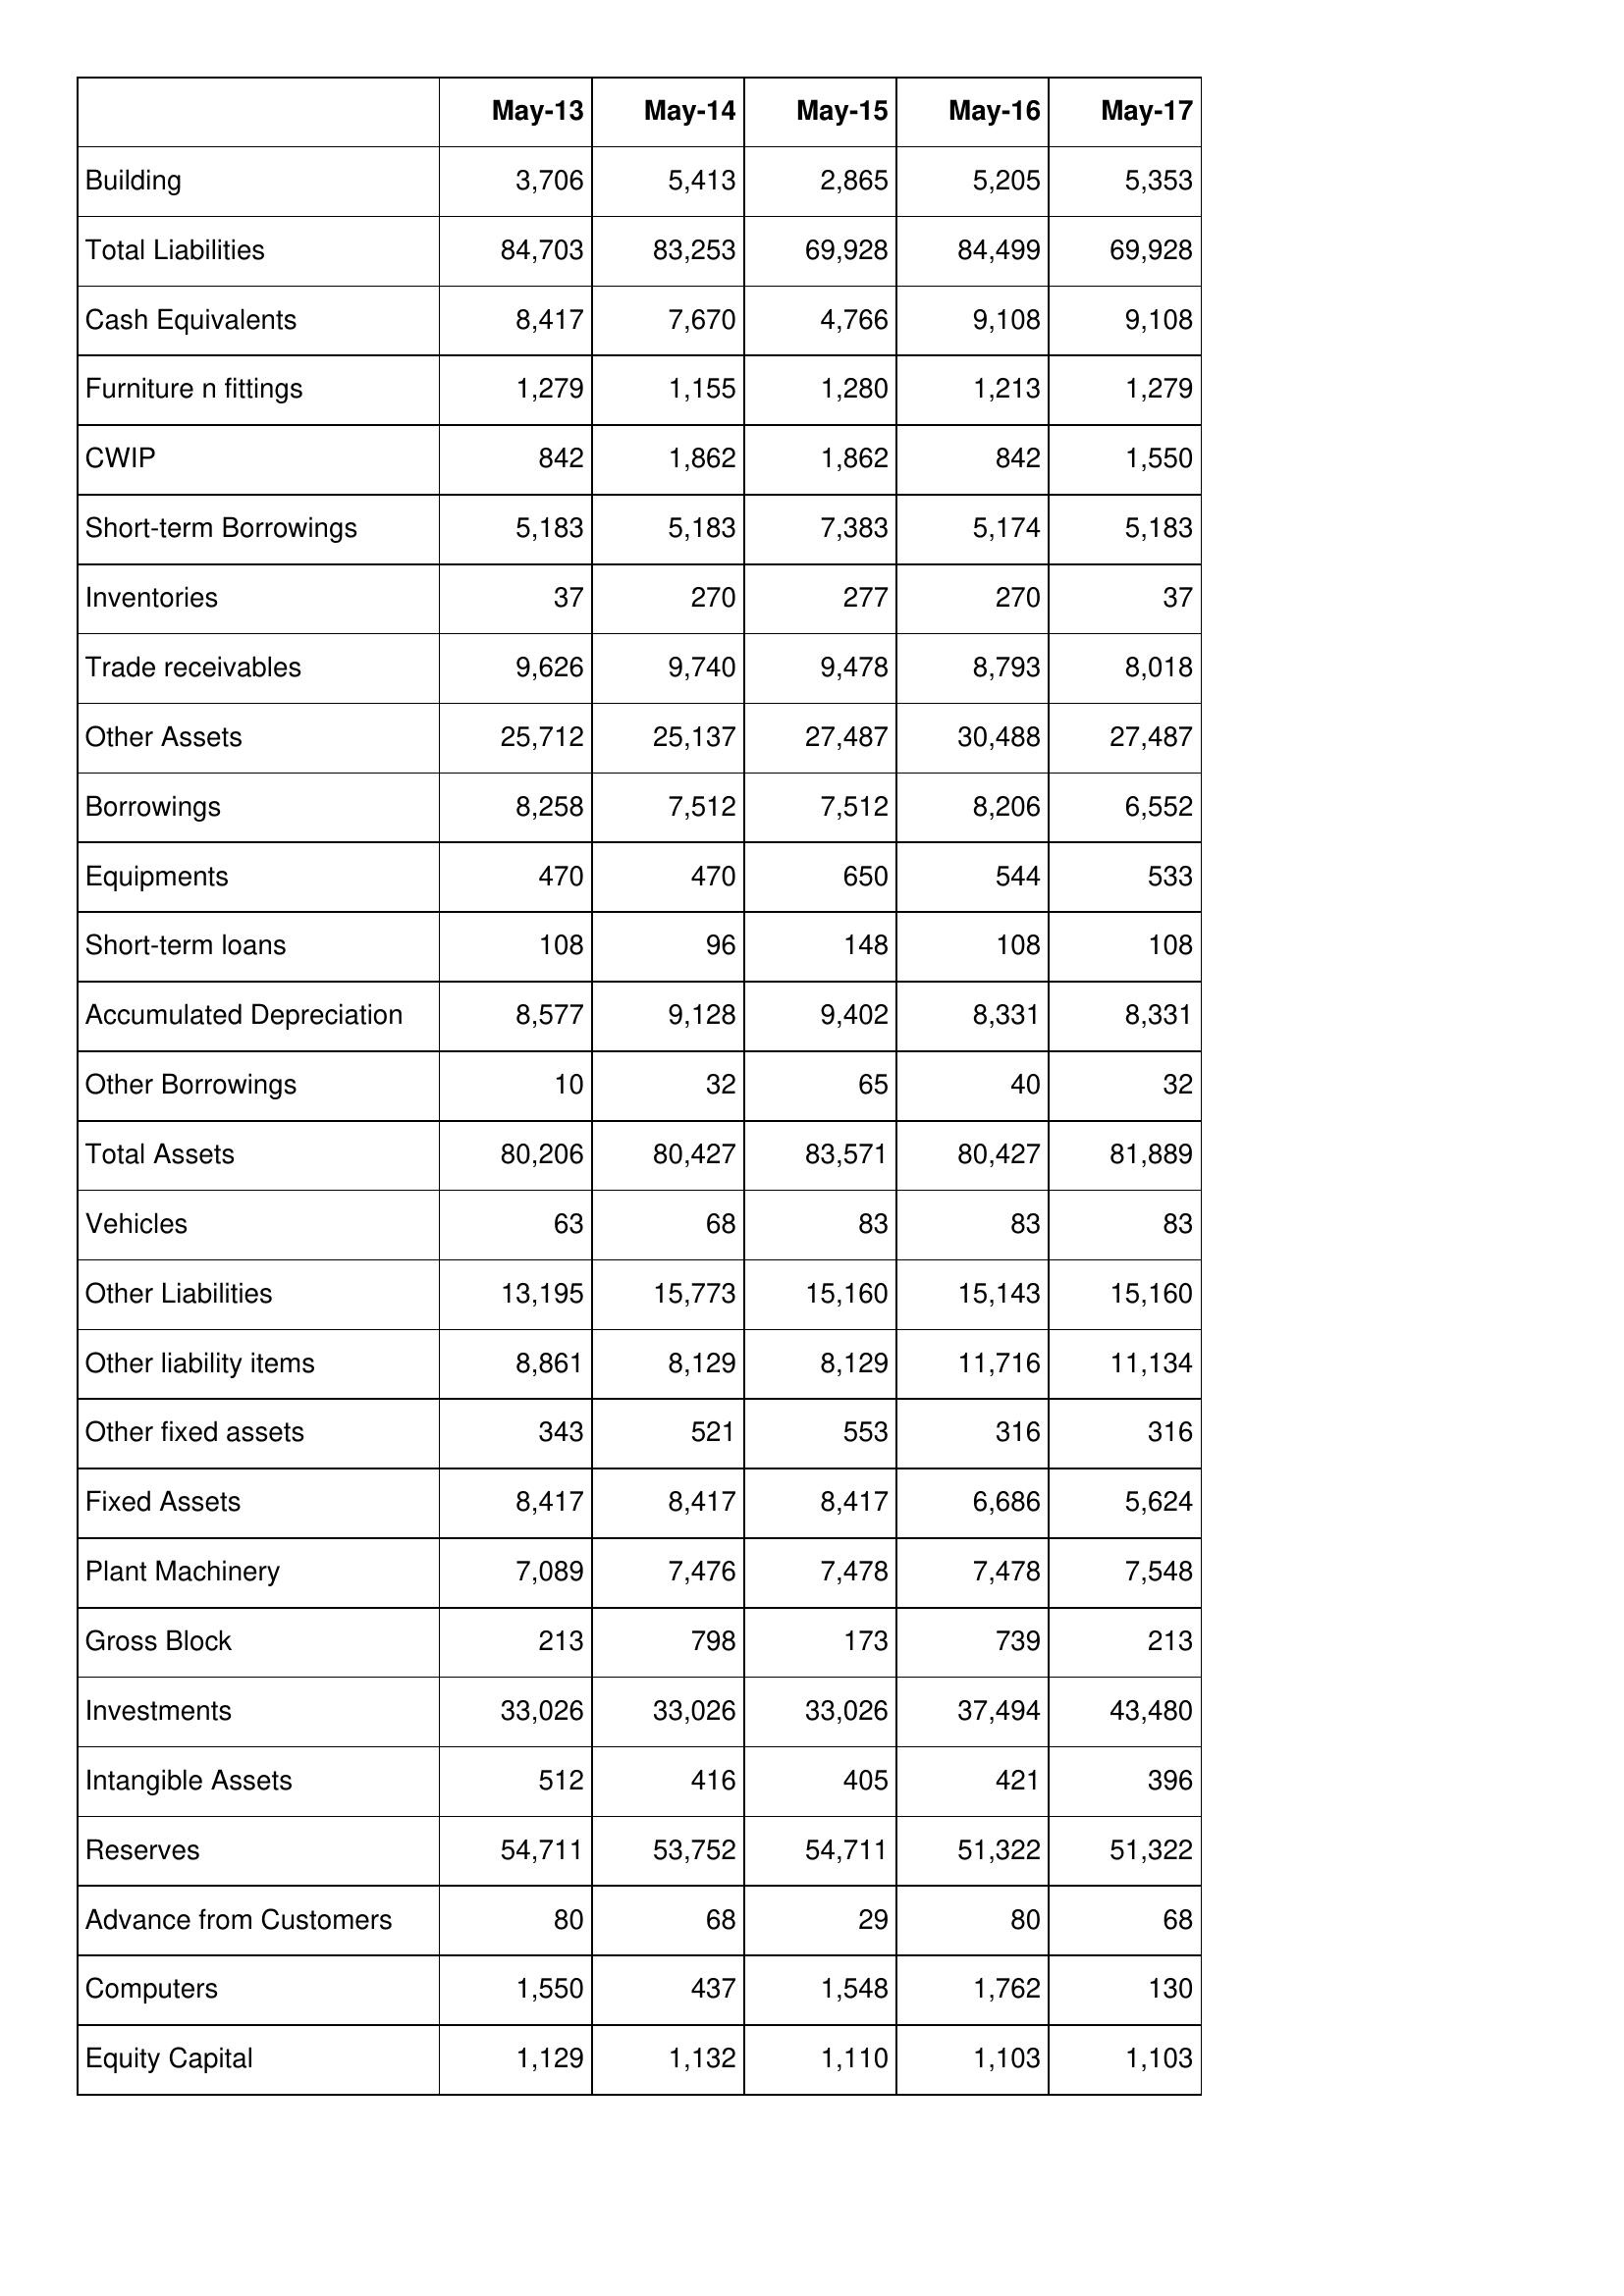
May-13: Balance Sheet: Building: 3,706
Total Liabilities: 84,703
Cash Equivalents: 8,417
Furniture n fittings: 1,279
CWIP: 842
Short-term Borrowings: 5,183
Inventories: 37
Trade receivables: 9,626
Other Assets: 25,712
Borrowings: 8,258
Equipments: 470
Short-term loans: 108
Accumulated Depreciation: 8,577
Other Borrowings: 10
Total Assets: 80,206
Vehicles: 63
Other Liabilities: 13,195
Other liability items: 8,861
Other fixed assets: 343
Fixed Assets: 8,417
Plant Machinery: 7,089
Gross Block: 213
Investments: 33,026
Intangible Assets: 512
Reserves: 54,711
Advance from Customers: 80
Computers: 1,550
Equity Capital: 1,129
May-14: Balance Sheet: Building: 5,413
Total Liabilities: 83,253
Cash Equivalents: 7,670
Furniture n fittings: 1,155
CWIP: 1,862
Short-term Borrowings: 5,183
Inventories: 270
Trade receivables: 9,740
Other Assets: 25,137
Borrowings: 7,512
Equipments: 470
Short-term loans: 96
Accumulated Depreciation: 9,128
Other Borrowings: 32
Total Assets: 80,427
Vehicles: 68
Other Liabilities: 15,773
Other liability items: 8,129
Other fixed assets: 521
Fixed Assets: 8,417
Plant Machinery: 7,476
Gross Block: 798
Investments: 33,026
Intangible Assets: 416
Reserves: 53,752
Advance from Customers: 68
Computers: 437
Equity Capital: 1,132
May-15: Balance Sheet: Building: 2,865
Total Liabilities: 69,928
Cash Equivalents: 4,766
Furniture n fittings: 1,280
CWIP: 1,862
Short-term Borrowings: 7,383
Inventories: 277
Trade receivables: 9,478
Other Assets: 27,487
Borrowings: 7,512
Equipments: 650
Short-term loans: 148
Accumulated Depreciation: 9,402
Other Borrowings: 65
Total Assets: 83,571
Vehicles: 83
Other Liabilities: 15,160
Other liability items: 8,129
Other fixed assets: 553
Fixed Assets: 8,417
Plant Machinery: 7,478
Gross Block: 173
Investments: 33,026
Intangible Assets: 405
Reserves: 54,711
Advance from Customers: 29
Computers: 1,548
Equity Capital: 1,110
May-16: Balance Sheet: Building: 5,205
Total Liabilities: 84,499
Cash Equivalents: 9,108
Furniture n fittings: 1,213
CWIP: 842
Short-term Borrowings: 5,174
Inventories: 270
Trade receivables: 8,793
Other Assets: 30,488
Borrowings: 8,206
Equipments: 544
Short-term loans: 108
Accumulated Depreciation: 8,331
Other Borrowings: 40
Total Assets: 80,427
Vehicles: 83
Other Liabilities: 15,143
Other liability items: 11,716
Other fixed assets: 316
Fixed Assets: 6,686
Plant Machinery: 7,478
Gross Block: 739
Investments: 37,494
Intangible Assets: 421
Reserves: 51,322
Advance from Customers: 80
Computers: 1,762
Equity Capital: 1,103
May-17: Balance Sheet: Building: 5,353
Total Liabilities: 69,928
Cash Equivalents: 9,108
Furniture n fittings: 1,279
CWIP: 1,550
Short-term Borrowings: 5,183
Inventories: 37
Trade receivables: 8,018
Other Assets: 27,487
Borrowings: 6,552
Equipments: 533
Short-term loans: 108
Accumulated Depreciation: 8,331
Other Borrowings: 32
Total Assets: 81,889
Vehicles: 83
Other Liabilities: 15,160
Other liability items: 11,134
Other fixed assets: 316
Fixed Assets: 5,624
Plant Machinery: 7,548
Gross Block: 213
Investments: 43,480
Intangible Assets: 396
Reserves: 51,322
Advance from Customers: 68
Computers: 130
Equity Capital: 1,103